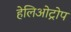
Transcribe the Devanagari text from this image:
हेलिओट्रोप